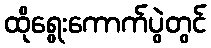
ထိုရွေးကောက်ပွဲတွင်